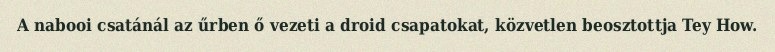
A nabooi csatánál az űrben ő vezeti a droid csapatokat, közvetlen beosztottja Tey How.